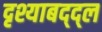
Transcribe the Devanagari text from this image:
दृश्याबद्द्ल